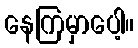
နေကြမှာပေါ့။